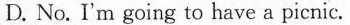
D. No. I'm going to have a picnic.